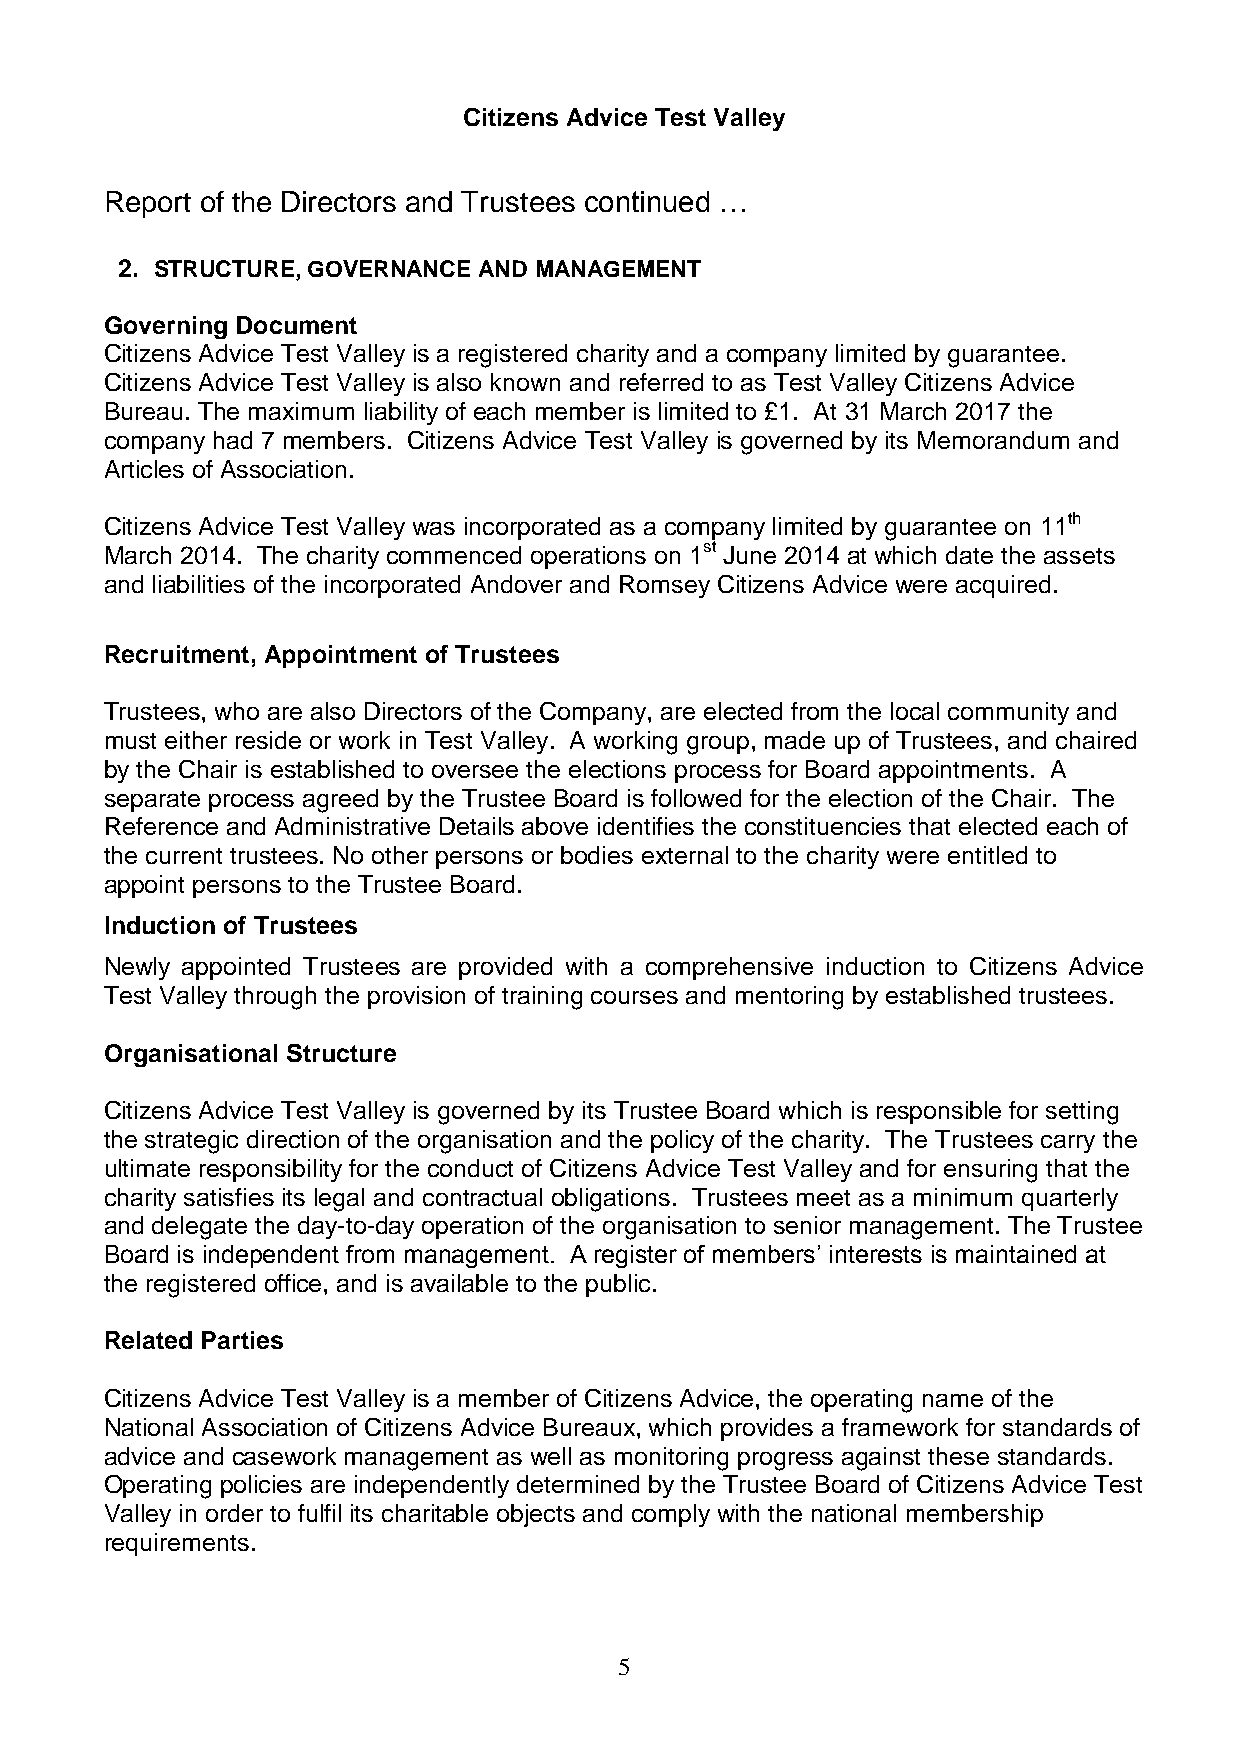
Citizens Advice Test Valley
 Report of the Directors and Trustees continued …
 2. STRUCTURE, GOVERNANCE AND MANAGEMENT
 Governing Document
 Citizens Advice Test Valley is a registered charity and a company limited by guarantee.
 Citizens Advice Test Valley is also known and referred to as Test Valley Citizens Advice
 Bureau. The maximum liability of each member is limited to £1. At 31 March 2017 the
 company had 7 members. Citizens Advice Test Valley is governed by its Memorandum and
 Articles of Association.
 Citizens Advice Test Valley was incorporated as a company limited by guarantee on 11th
 March 2014. The charity commenced operations on 1st June 2014 at which date the assets
 and liabilities of the incorporated Andover and Romsey Citizens Advice were acquired.
 Recruitment, Appointment of Trustees
 Trustees, who are also Directors of the Company, are elected from the local community and
 must either reside or work in Test Valley. A working group, made up of Trustees, and chaired
 by the Chair is established to oversee the elections process for Board appointments. A
 separate process agreed by the Trustee Board is followed for the election of the Chair. The
 Reference and Administrative Details above identifies the constituencies that elected each of
 the current trustees. No other persons or bodies external to the charity were entitled to
 appoint persons to the Trustee Board.
 Induction of Trustees
 Newly appointed Trustees are provided with a comprehensive induction to Citizens Advice
 Test Valley through the provision of training courses and mentoring by established trustees.
 Organisational Structure
 Citizens Advice Test Valley is governed by its Trustee Board which is responsible for setting
 the strategic direction of the organisation and the policy of the charity. The Trustees carry the
 ultimate responsibility for the conduct of Citizens Advice Test Valley and for ensuring that the
 charity satisfies its legal and contractual obligations. Trustees meet as a minimum quarterly
 and delegate the day-to-day operation of the organisation to senior management. The Trustee
 Board is independent from management. A register of members’ interests is maintained at
 the registered office, and is available to the public.
 Related Parties
 Citizens Advice Test Valley is a member of Citizens Advice, the operating name of the
 National Association of Citizens Advice Bureaux, which provides a framework for standards of
 advice and casework management as well as monitoring progress against these standards.
 Operating policies are independently determined by the Trustee Board of Citizens Advice Test
 Valley in order to fulfil its charitable objects and comply with the national membership
 requirements.
 5